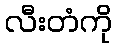
လီးတံကို